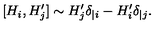
[ H _ { i } , H _ { j } ^ { \prime } ] \sim H _ { j } ^ { \prime } \delta _ { | i } - H _ { i } ^ { \prime } \delta _ { | j } .